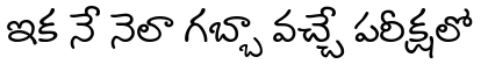
ఇక నే నెలా గబ్బా వచ్చే పరీక్షలో